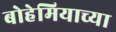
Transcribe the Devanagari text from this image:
बोहेमियाच्या